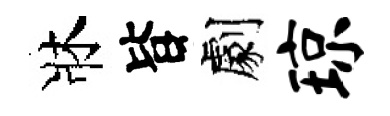
牀𣅜劇琼